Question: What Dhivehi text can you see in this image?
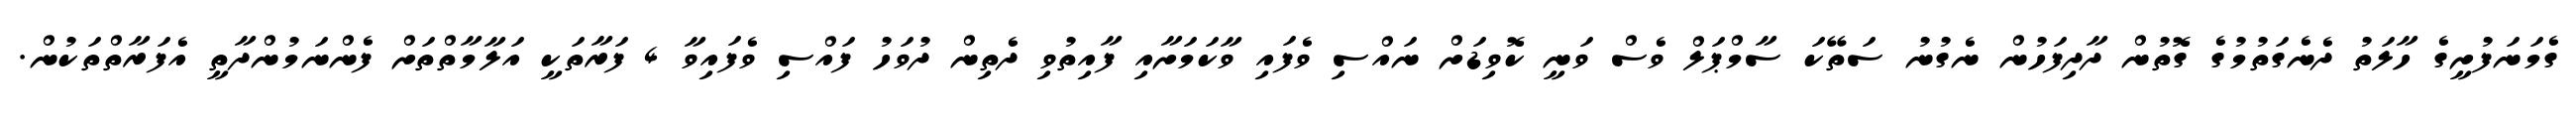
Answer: ގެމަނަފުށީގެ ހާލަތު ދެނެގަތުމުގެ ގޮތުން ދާދިފަހުން ނެގުނު ސަތޭކަ ސާމްޕަލް ވެސް ވަނީ ކޮވިޑަށް ނައްސި ވެފައި ވާކަމަށާއި ފާއިތުވި ދެތިން ދުވަހު ފައްސި ވެފައިވާ 4 ފަރާތަކީ އަލާމާތްތަށް ފެންނަމުންދާތީ އެފަރާތްތަކުން.